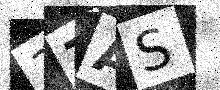
Text: 3ZAS